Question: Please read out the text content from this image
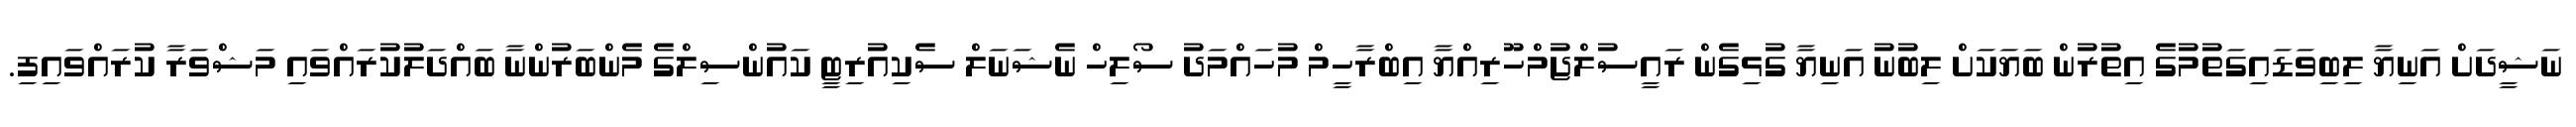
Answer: ނަޝީދަށް އަނިޔާ ލިބިވަޑައިގަތުމުގެ އިތުރުން ބަޔަކަށް ލިބުނު އަނިޔާ ގުޅިގެން ރައީސުލްޖުމްހޫރިއްޔާ އިބްރާހީމް މުހައްމަދު ސޯލިހް ނެޝަނަލް ސެކިއުރިޓީ ކައުންސިލްގެ މެންބަރުންނާ ބައްދަލުކުރައްވައި މަޝްވަރާ ކުރައްވައިފި.